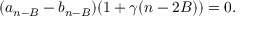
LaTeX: ( a _ { n - B } - b _ { n - B } ) ( 1 + \gamma ( n - 2 B ) ) = 0 .